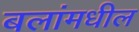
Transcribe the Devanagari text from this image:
बलांमधील